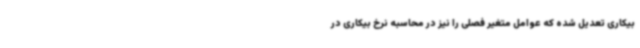
بیکاری تعدیل شده که عوامل متغیر فصلی را نیز در محاسبه نرخ بیکاری در